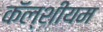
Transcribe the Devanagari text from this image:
कॅल्शीयम